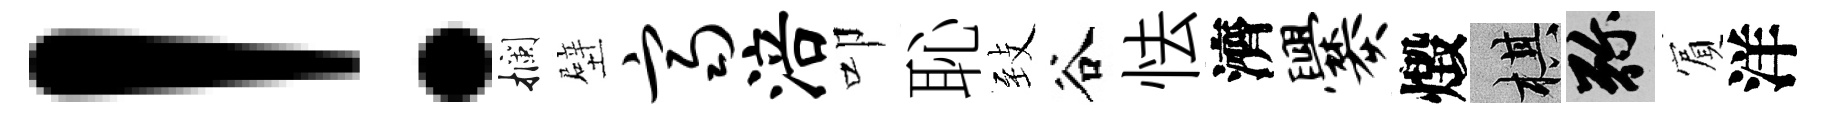
！攔壁齐涪叩恥𦤺谷怯濟爨燬棋弥賔洋